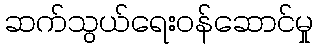
ဆက်သွယ်ရေးဝန်ဆောင်မှု